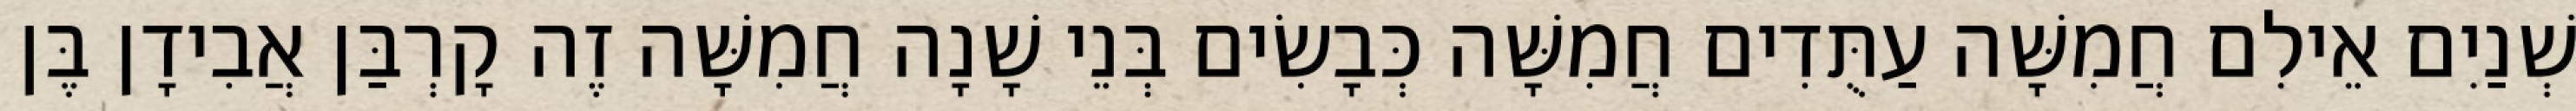
שְׁנַיִם אֵילִם חֲמִשָּׁה עַתֻּדִים חֲמִשָּׁה כְּבָשִׂים בְּנֵי שָׁנָה חֲמִשָּׁה זֶה קָרְבַּן אֲבִידָן בֶּן